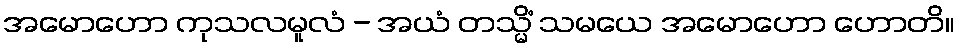
အမောဟော ကုသလမူလံ - အယံ တသ္မိံ သမယေ အမောဟော ဟောတိ။